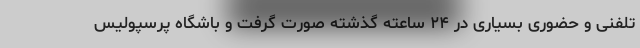
تلفنی و حضوری بسیاری در ۲۴ ساعته گذشته صورت گرفت و باشگاه پرسپولیس